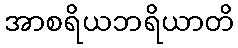
အာစရိယဘရိယာတိ